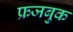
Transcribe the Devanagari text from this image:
फ्रजबुक